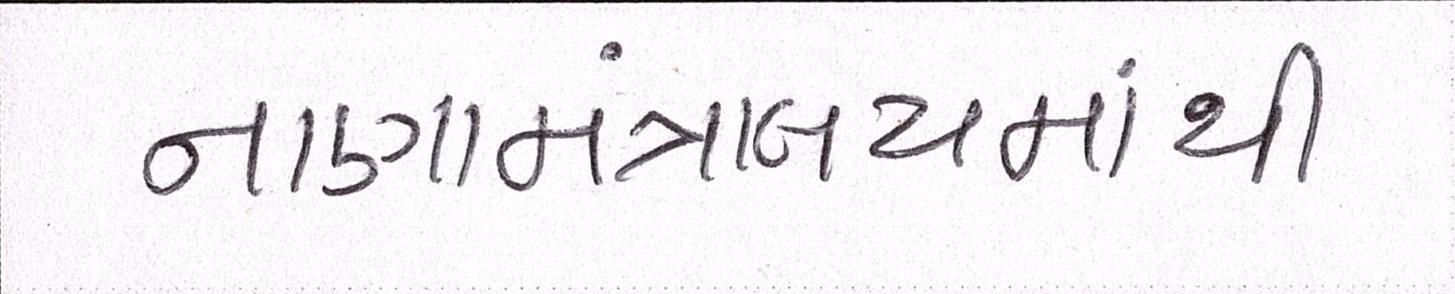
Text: નાણામંત્રાલયમાંથી